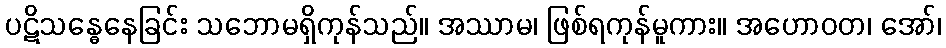
ပဋိသန္ဓေနေခြင်း သဘောမရှိကုန်သည်။ အဿာမ၊ ဖြစ်ရကုန်မူကား။ အဟောဝတ၊ အော်၊